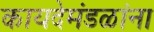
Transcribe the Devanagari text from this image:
कायदेमंडळांना